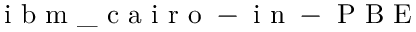
\mathrm { ~ i ~ b ~ m ~ \_ ~ c ~ a ~ i ~ r ~ o ~ - ~ i ~ n ~ - ~ P ~ B ~ E ~ }